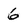
Character: 6